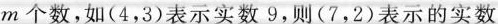
m个数，如(4，3)表示实数9，则(7，2)表示的实数